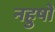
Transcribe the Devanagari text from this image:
नहुषो